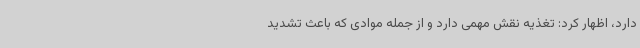
دارد، اظهار کرد: تغذیه نقش مهمی دارد و از جمله موادی که باعث تشدید